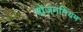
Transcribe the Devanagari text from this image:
भोजननियम